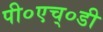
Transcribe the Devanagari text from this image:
पी०एच्०डी